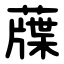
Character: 䕈